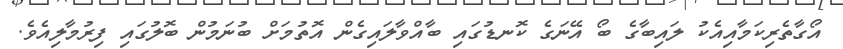
އޯގާތެރިކަމާއިއެކު ލައިބާގެ ބޯ އޭނަގެ ކޮނޑުގައި ބާއްވާލައިގެން އޮތުމަށް ބުނަމުން ބޮލުގައި ފިރުމާލިއެވެ.